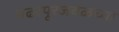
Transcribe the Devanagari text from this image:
पंढरपूरजवळच्या